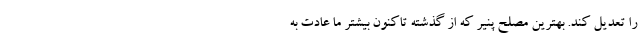
را تعدیل کند. بهترین مصلح پنیر که از گذشته تاکنون بیشتر ما عادت به